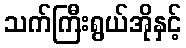
သက်ကြီးရွယ်အိုနှင့်